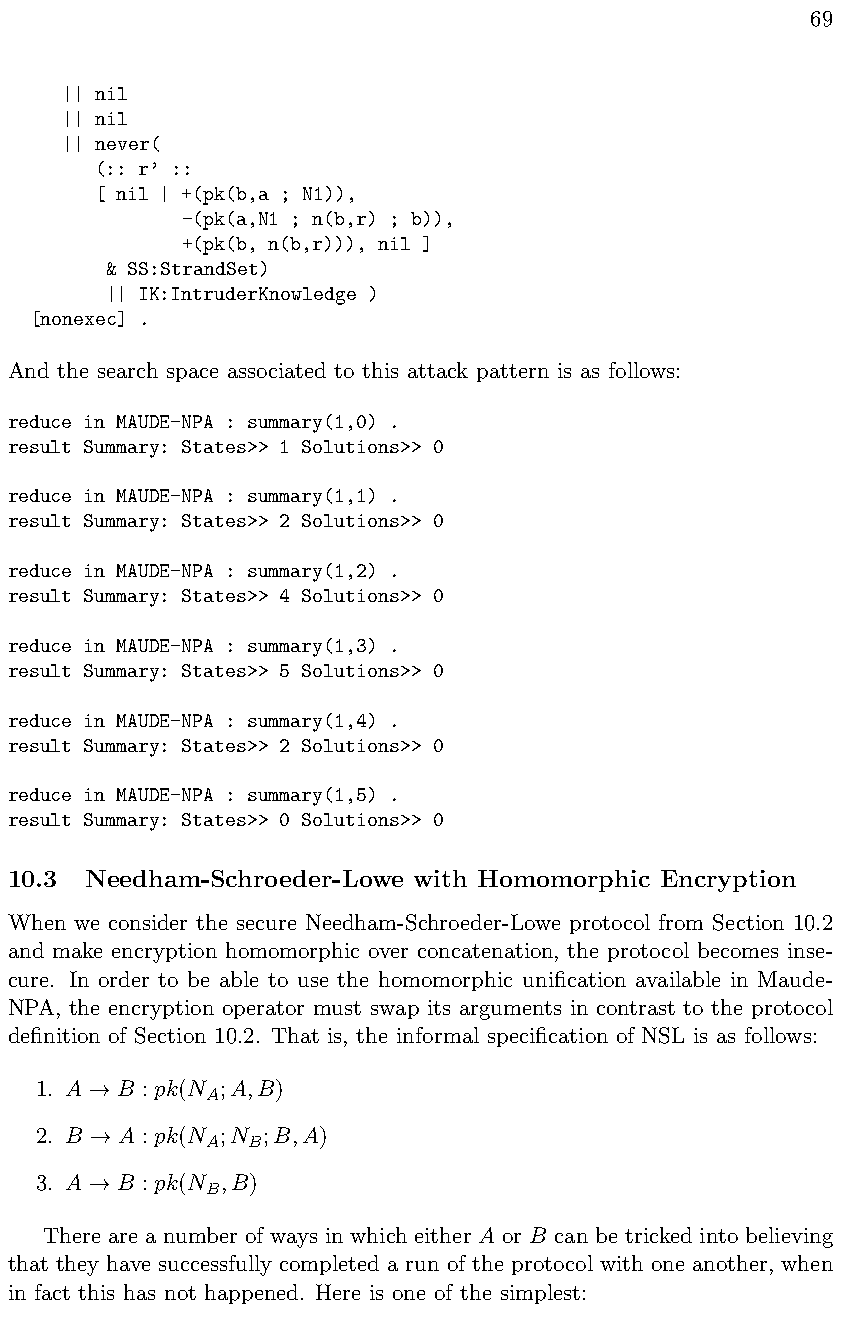
69
 || nil
 || nil
 || never(
 (:: r’ ::
 [ nil | +(pk(b,a ; N1)),
 -(pk(a,N1 ; n(b,r) ; b)),
 +(pk(b, n(b,r))), nil ]
 & SS:StrandSet)
 || IK:IntruderKnowledge )
 [nonexec] .
 And the search space associated to this attack pattern is as follows:
 reduce in MAUDE-NPA : summary(1,0) .
 result Summary: States>> 1 Solutions>> 0
 reduce in MAUDE-NPA : summary(1,1) .
 result Summary: States>> 2 Solutions>> 0
 reduce in MAUDE-NPA : summary(1,2) .
 result Summary: States>> 4 Solutions>> 0
 reduce in MAUDE-NPA : summary(1,3) .
 result Summary: States>> 5 Solutions>> 0
 reduce in MAUDE-NPA : summary(1,4) .
 result Summary: States>> 2 Solutions>> 0
 reduce in MAUDE-NPA : summary(1,5) .
 result Summary: States>> 0 Solutions>> 0
 10.3  Needham-Schroeder-Lowe with Homomorphic Encryption
 When we consider the secure Needham-Schroeder-Lowe protocol from Section 10.2
 and make encryption homomorphic over concatenation, the protocol becomes inse-
 cure. In order to be able to use the homomorphic unification available in Maude-
 NPA, the encryption operator must swap its arguments in contrast to the protocol
 definition of Section 10.2. That is, the informal specification of NSL is as follows:
 1. A  B : pk(N ;A,B)
 A
 !
 2. B  A : pk(N ;N ;B,A)
 A  B
 !
 3. A  B : pk(N ,B)
 B
 !
 There are a number of ways in which either A or B can be tricked into believing
 that they have successfully completed a run of the protocol with one another, when
 in fact this has not happened. Here is one of the simplest: